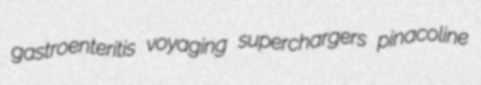
gastroenteritis voyaging superchargers pinacoline